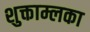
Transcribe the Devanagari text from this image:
शुक्ताम्लका